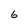
Character: 6